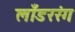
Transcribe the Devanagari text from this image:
लाँडररंग